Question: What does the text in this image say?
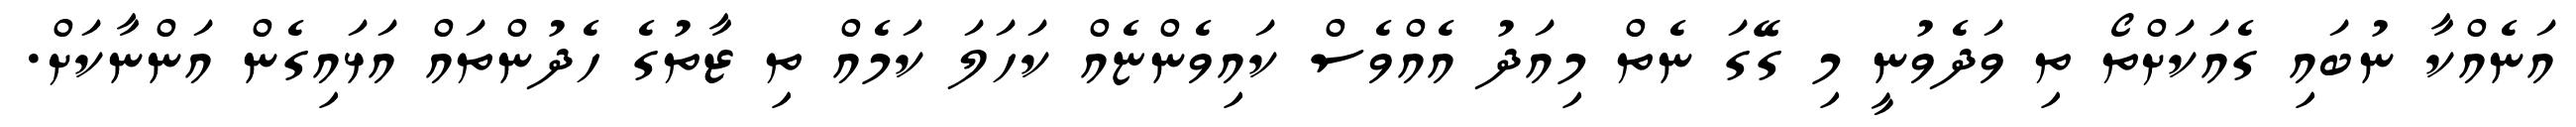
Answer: އަނެއްކާ ނުބައި ގެއަކަށްތޯ ތި ވަދެވުނީ މި ގޭގަ ނެތް މިއަދު އެއްވެސް ކައިވެންޏެއް ކަހަލަ ކަމެއް ތި ޒާތުގެ ހެދުންތައް އަޅައިގެން އަންނާކަށް.